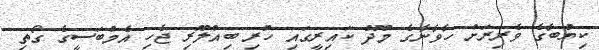
ކިޔުބާގެ ވެރިރަށް ހާވާނާގެ މޫދު ކައިރީގައި ހުރި ބިއްލޫރި ޖެހި އެމްބަސީގެ ގޯތި